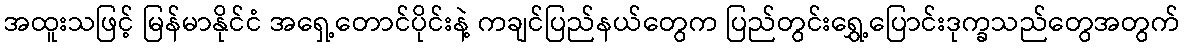
အထူးသဖြင့် မြန်မာနိုင်ငံ အရှေ့တောင်ပိုင်းနဲ့ ကချင်ပြည်နယ်တွေက ပြည်တွင်းရွှေ့ပြောင်းဒုက္ခသည်တွေအတွက်